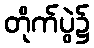
တိုက်ပွဲ၌